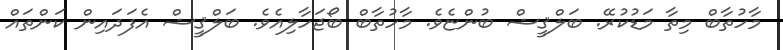
މާހުތާބް މިތާ މަޑުކުރޭ. ބަލްޤީޝް ބުންޏެވެ. މާހުތާބް ބޯޖަހާލިއެވެ. ބަލްޤީޝް އެފަދައިން ކަންތައް